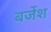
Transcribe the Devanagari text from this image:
बर्जेश